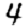
Digit: 4